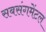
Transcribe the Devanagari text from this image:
सबसंगमेंटल